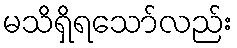
မသိရှိရသော်လည်း